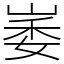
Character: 崣